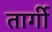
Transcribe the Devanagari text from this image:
तार्गी